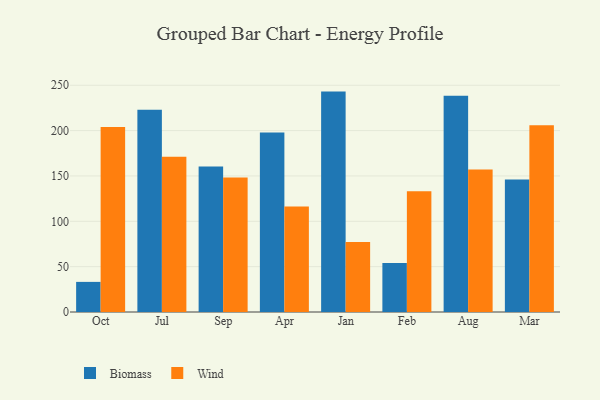
{"axis": {"x": "Month", "y": "Website Visitors"}, "legend": ["Biomass", "Wind"], "data": [{"x": "Oct", "y": 33.2, "type": "Biomass"}, {"x": "Oct", "y": 203.9, "type": "Wind"}, {"x": "Jul", "y": 223.1, "type": "Biomass"}, {"x": "Jul", "y": 171.1, "type": "Wind"}, {"x": "Sep", "y": 160.4, "type": "Biomass"}, {"x": "Sep", "y": 148.4, "type": "Wind"}, {"x": "Apr", "y": 197.8, "type": "Biomass"}, {"x": "Apr", "y": 116.2, "type": "Wind"}, {"x": "Jan", "y": 243.0, "type": "Biomass"}, {"x": "Jan", "y": 77.2, "type": "Wind"}, {"x": "Feb", "y": 54.0, "type": "Biomass"}, {"x": "Feb", "y": 133.1, "type": "Wind"}, {"x": "Aug", "y": 238.3, "type": "Biomass"}, {"x": "Aug", "y": 157.2, "type": "Wind"}, {"x": "Mar", "y": 146.0, "type": "Biomass"}, {"x": "Mar", "y": 206.0, "type": "Wind"}]}